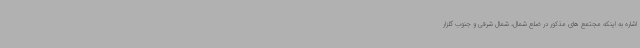
اشاره به اینکه مجتمع های مذکور در ضلع شمال، شمال شرقی و جنوب گلزار